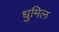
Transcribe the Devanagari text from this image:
धुमिल